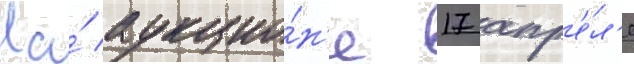
На́ аукцио́н'е 17 апр'е́л'я